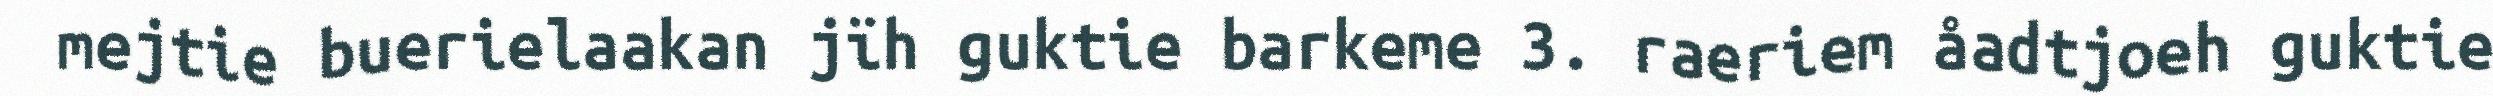
mejtie buerielaakan jïh guktie barkeme 3. raeriem åadtjoeh guktie